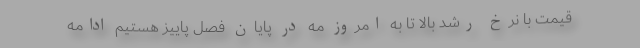
قیمت با نرخ رشد بالا تا به امروز مه در پایان فصل پاییز هستیم ادامه